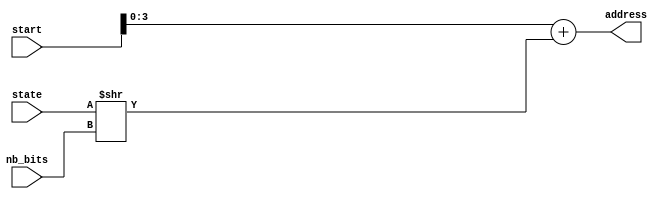
module address_calculator(
    input [7:0] start,
    input [R:0] state,
    input [2:0] nb_bits,
    output [R-1:0] address
    );
    
    parameter R = 4;
    
    assign address = start + (state >> nb_bits);
    
endmodule